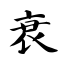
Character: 衰